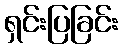
ရှင်းပြခြင်း